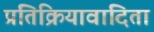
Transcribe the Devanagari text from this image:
प्रतिक्रियावादिता